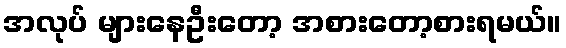
အလုပ် များနေဦးတော့ အစားတော့စားရမယ်။